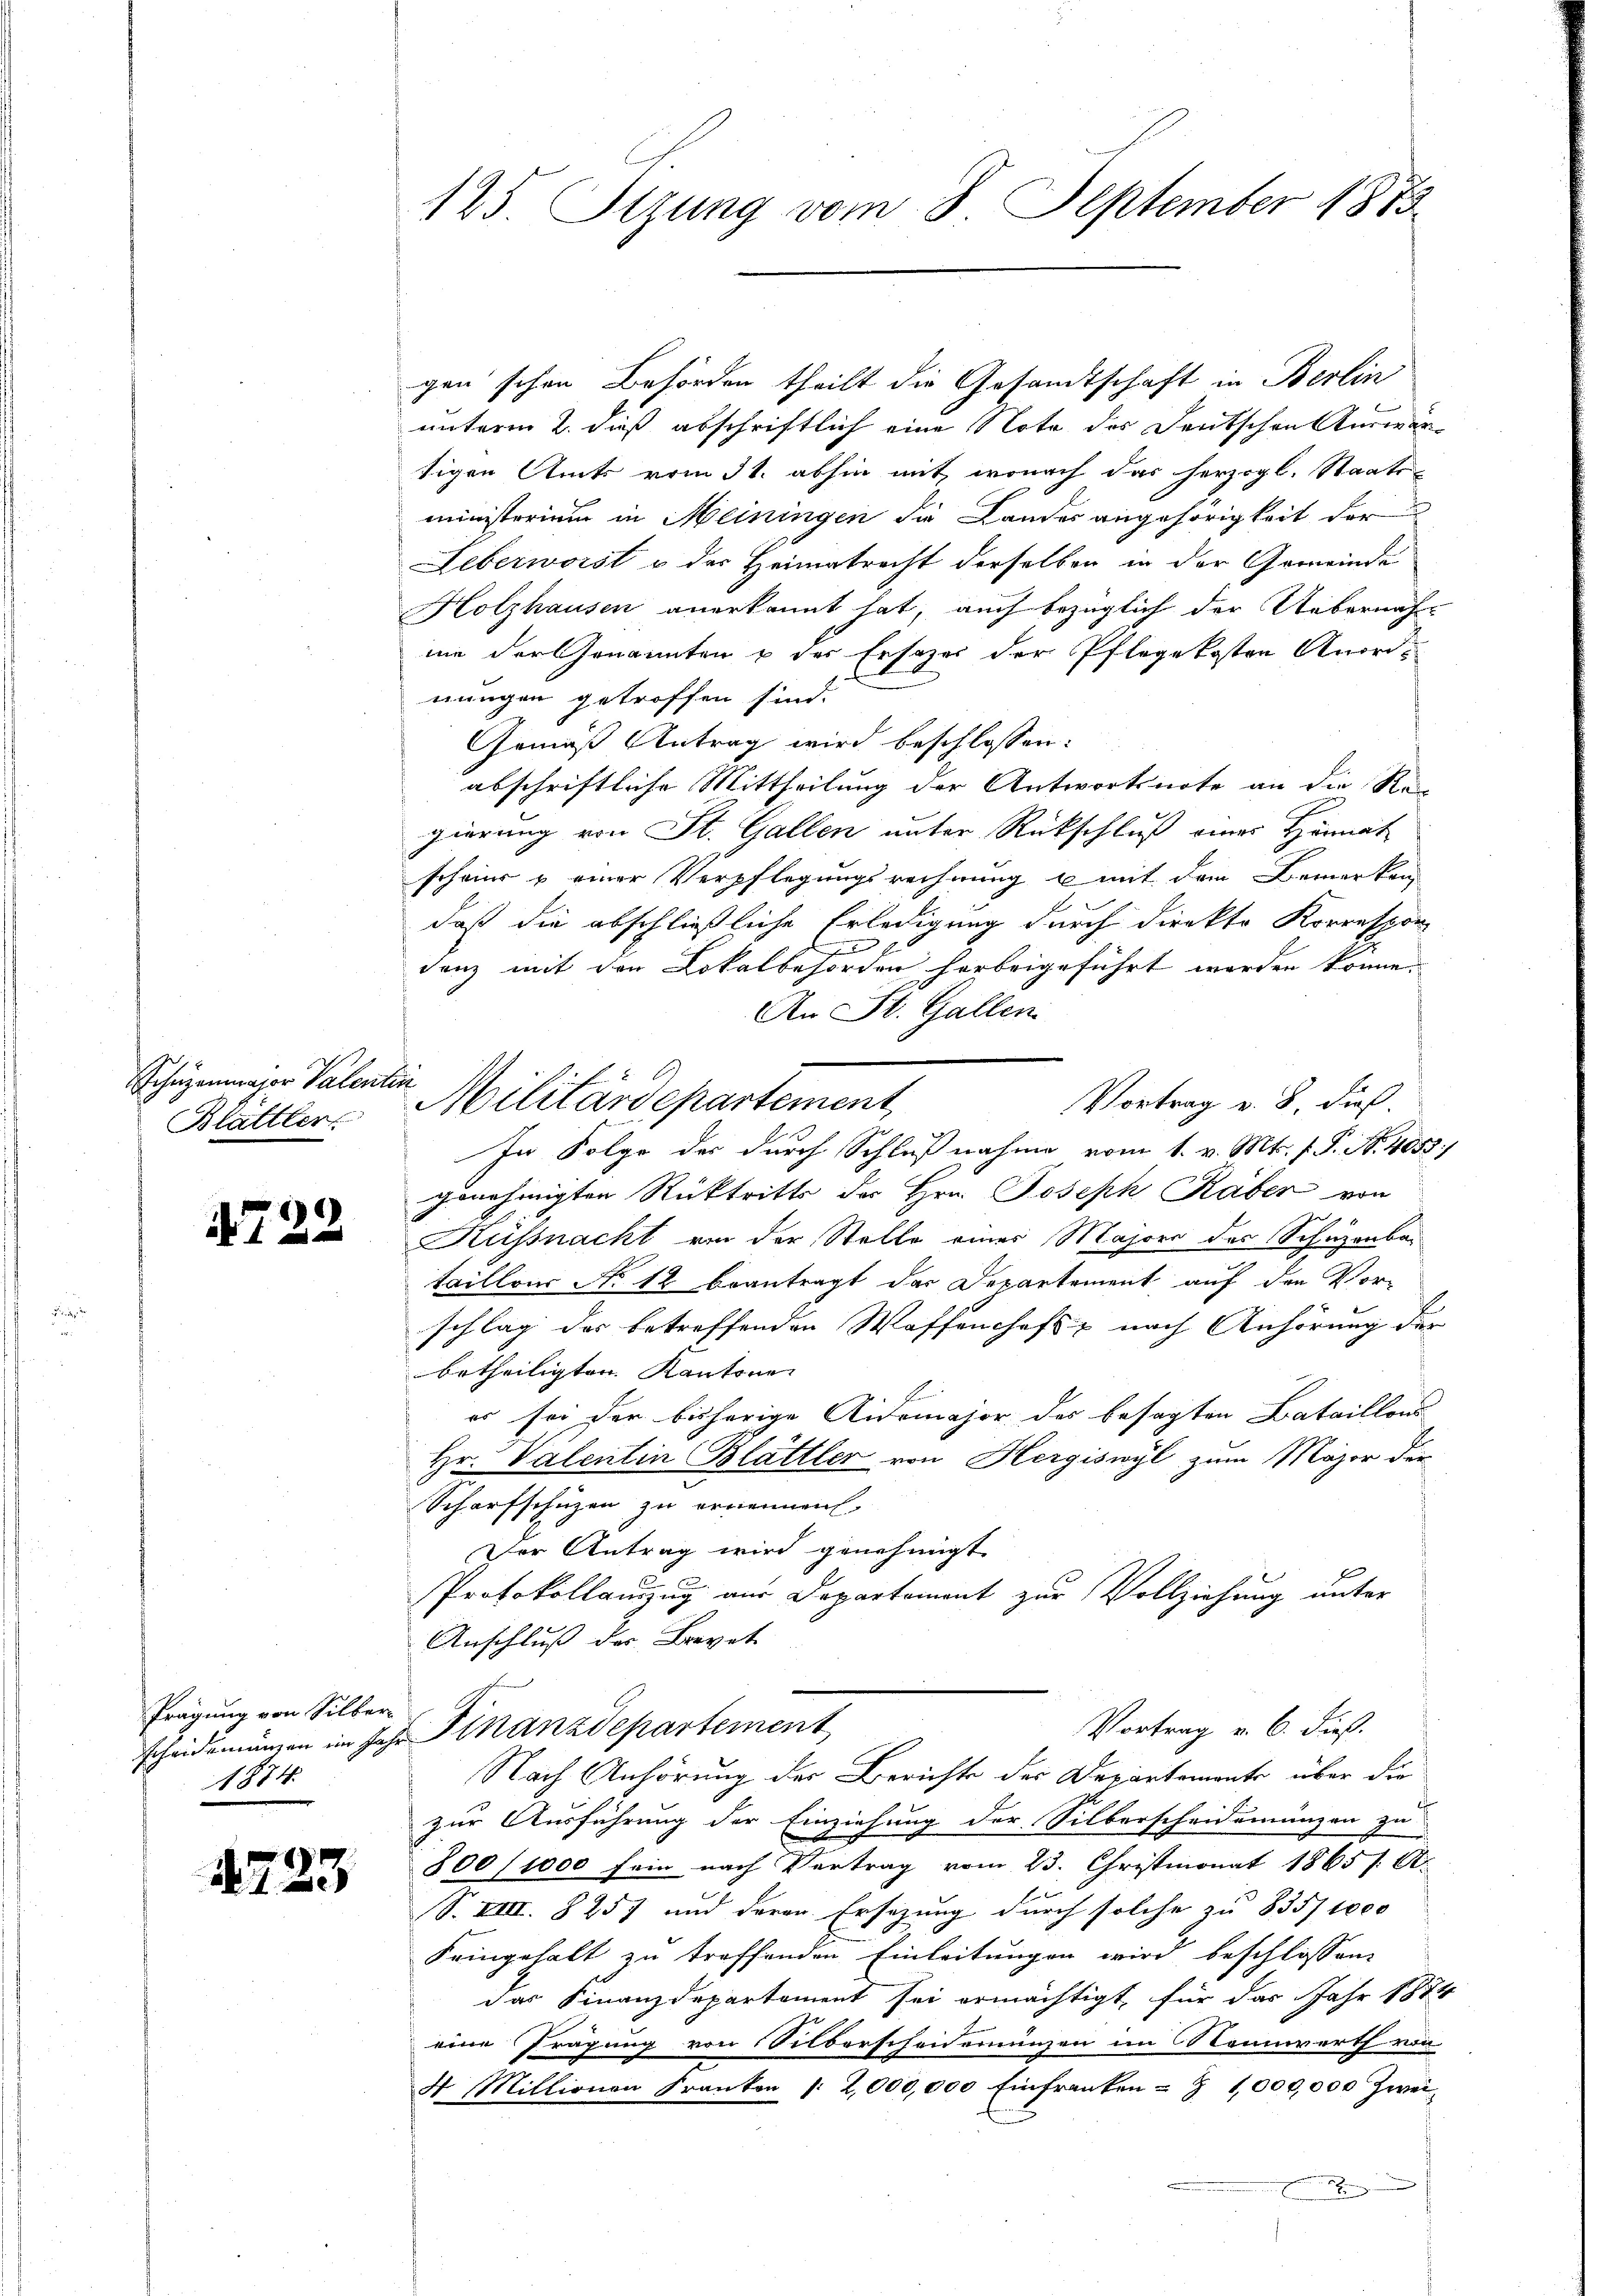
Schüzenmajor Valentin
Blättler

4722

Prägung von Silber
1874.

§ 723

125. Sizung vom 8. September 1873.

gen schon Behörden theilt die Gesandtschaft in Berlin
unterm 2. dieß abschriftlich eine Note des Deutschen Auswärtigen Amts vom 31. abhin mit, wonach das herzogl. Staats-
ministerium in Meiningen die Landes angehörigkeit der
Leberworst u der Heimatrecht derselben in der Gemeinde
Holzhausen anerkannt hat, auch bezüglich der Uebernah
ime der Genannten & der Ersezes der Pflegekosten Anordnungen getroffen sind.
Gemäß Antrag wird beschlossen:
abschriftliche Mittheilung der Antwortsnote an die Rän
gierung von St. Gallen unter Rückschluß einer Hennat
scheine u einer Verpflegungsrechnung u mit dem Bemerken
daß die abschließliche Erledigung durch direkte Korrespon
7
danz mit den Lokalbehörden herbeigeführt worden könne.
An St. Gallen
Vortrag v. 8. dies
In Folge des durch Schlußnahme vom 1. v. Mts. f. P. R. 4052
genehmigten Rücktritts des Hrn. Joseph Raben von
Küssnacht von der Stelle einer Majore des Schuzenbau
taillons No 12 beantragt das Departement auf den Vor-
schlag des betreffenden Waffenhofs, nach Anhörung der
betheiligten Kantone
es sei der bisherige Aidemajor des besagten Bataillons
Hr. Valentin Blättler von Hergiswyl zum Major der
Scharfschüzen zu ernennen.
Der Antrag wird genehmigt.
Protokollauszug aus Departement zur Vollziehung unter
Anschluß der Brevet
Vortrag v. 6. dieß.
scheidemängen im Jahr Finanzdepartement
Nach Anhörung der Berichte des Departemente über die
zur Ausführung der Einziehung der Silberscheidungungen zu
800/1000 sein nach Vertrag vom 23. Christmonat 1865 f. A.
S. XVIII. § 257 und deren Ersezung durch solche zu 835/ 1000
Feingehalt zu treffenden Einleitungen wird beschlossene
das Finanzdepartement sei ermächtigt, für das Jahr 1874
eine Tragung von Silberscheidemünzen im Nennwerth von
4 Millionen Franken |: 2,000,000 Einfranken - Z 1,000,000 Zwei-
 un

Militärdepartement,